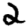
Digit: 2